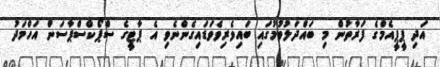
އަދި ޕީޕީއެމްގެ ފަރާތުން މި ބައްދަލުވުމުގައި ބައިވެރިވެވަޑައިގެންނެވި އެ ޕާޓީގެ ސްޕޯކްސްޕާސަން އަހްމަދު